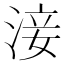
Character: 淁